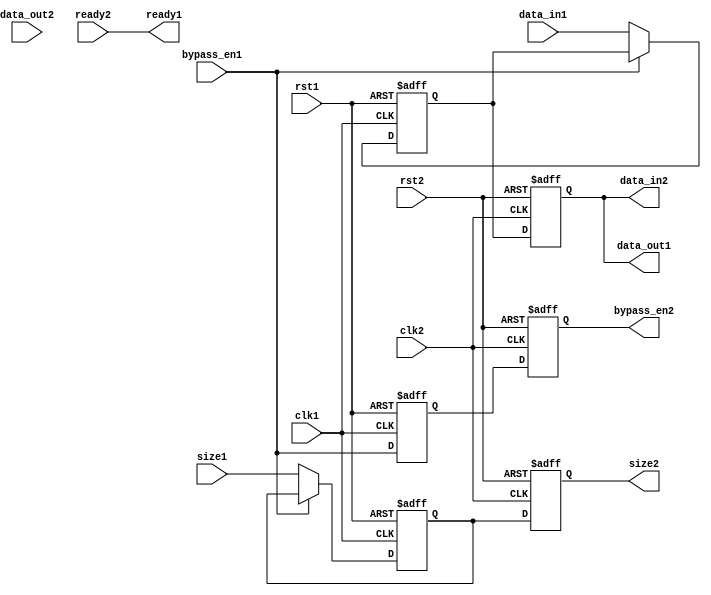
module variable_width_bypass_register (
    input wire clk1,
    input wire rst1,
    input wire [7:0] data_in1,
    input wire [2:0] size1,
    input wire bypass_en1,
    output reg [7:0] data_out1,
    output reg ready1,
    input wire clk2,
    input wire rst2,
    output reg [7:0] data_in2,
    output reg [2:0] size2,
    output reg bypass_en2,
    input wire [7:0] data_out2,
    input wire ready2
);

reg [7:0] buffer_data1;
reg [2:0] buffer_size1;
reg buffer_bypass_en1;

always @(posedge clk1 or posedge rst1) begin
    if (rst1) begin
        buffer_data1 <= 8'b00000000;
        buffer_size1 <= 3'b000;
        buffer_bypass_en1 <= 1'b0;
    end else begin
        if (!bypass_en1) begin
            buffer_data1 <= data_in1;
            buffer_size1 <= size1;
        end
        buffer_bypass_en1 <= bypass_en1;
    end
end

reg [7:0] buffer_data2;
reg [2:0] buffer_size2;
reg buffer_bypass_en2;

always @(posedge clk2 or posedge rst2) begin
    if (rst2) begin
        data_in2 <= 8'b00000000;
        size2 <= 3'b000;
        bypass_en2 <= 1'b0;
    end else begin
        data_in2 <= buffer_data1;
        size2 <= buffer_size1;
        bypass_en2 <= buffer_bypass_en1;
    end
end

assign data_out1 = data_in2;
assign ready1 = ready2;
assign data_out2 = buffer_data2;
assign ready2 = ready1;

endmodule